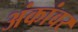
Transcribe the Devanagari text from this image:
अंकांवर